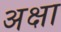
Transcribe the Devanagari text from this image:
अक्षा